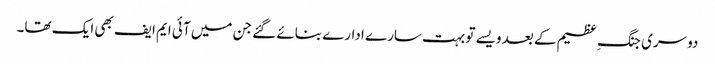
دوسری جنگ ِ عظیم کے بعد ویسے تو بہت سارے ادارے بنائے گئے جن میں آئی ایم ایف بھی ایک تھا۔